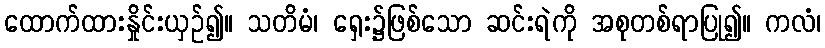
ထောက်ထားနှိုင်းယှဉ်၍။ သတိမံ၊ ရှေး၌ဖြစ်သော ဆင်းရဲကို အစုတစ်ရာပြု၍။ ကလံ၊